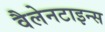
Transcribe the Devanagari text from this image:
वैलेनटाइन्स